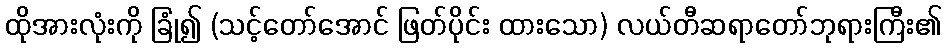
ထိုအားလုံးကို ခြုံ၍ (သင့်တော်အောင် ဖြတ်ပိုင်း ထားသော) လယ်တီဆရာတော်ဘုရားကြီး၏